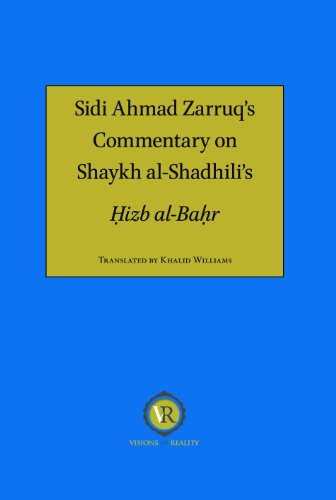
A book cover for Sidi Ahmad Zarruq's Commentary on Shaykh al-Shadhili's Hizb al-Bahr; Sidi Ahmad Zarruq; Religion & Spirituality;